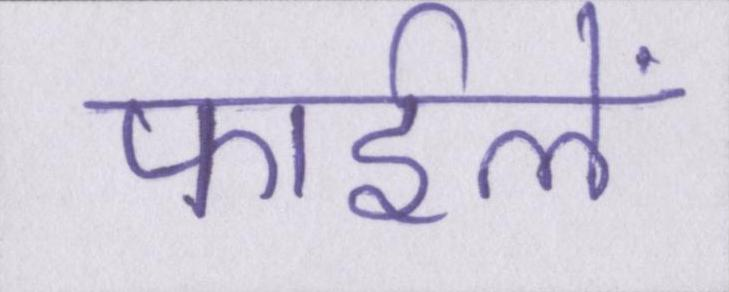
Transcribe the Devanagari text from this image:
फाईलें